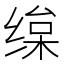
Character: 𦈒